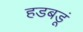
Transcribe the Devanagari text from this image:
हडबडूं